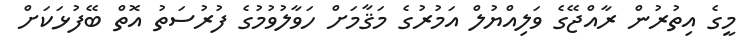
މީގެ އިތުރުން ރާއްޖޭގެ ވަލިއްޔުލް އަމުރުގެ މަޤާމަށް ހަވާލުވުމުގެ ފުރުސަތު އޮތް ބޭފުޅަކަށް